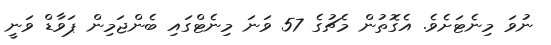
ނުވަ މިނެޓަށެވެ. އެގޮތުން މެޗުގެ 57 ވަނަ މިނެޓްގައި ބެންޖަމިން ޕަވާޑް ވަނީ